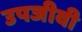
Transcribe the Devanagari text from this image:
उपजीवी